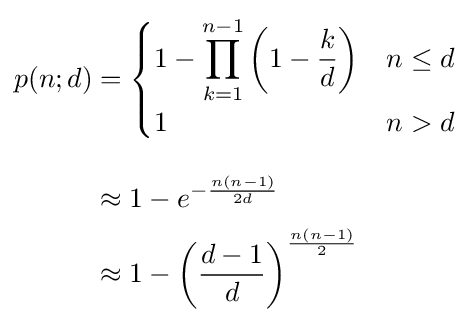
{\begin{aligned}p(n;d)&={\begin{cases}1-\displaystyle \prod _{k=1}^{n-1}\left(1-{\frac {k}{d}}\right)&n\leq d\\1&n>d\end{cases}}\\[8px]&\approx 1-e^{-{\frac {n(n-1)}{2d}}}\\&\approx 1-\left({\frac {d-1}{d}}\right)^{\frac {n(n-1)}{2}}\end{aligned}}